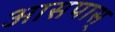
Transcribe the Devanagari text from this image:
आसपास्